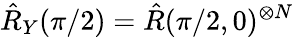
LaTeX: \hat{R}_{Y}(\pi/2)=\hat{R}(\pi/2,0)^{\otimes N}